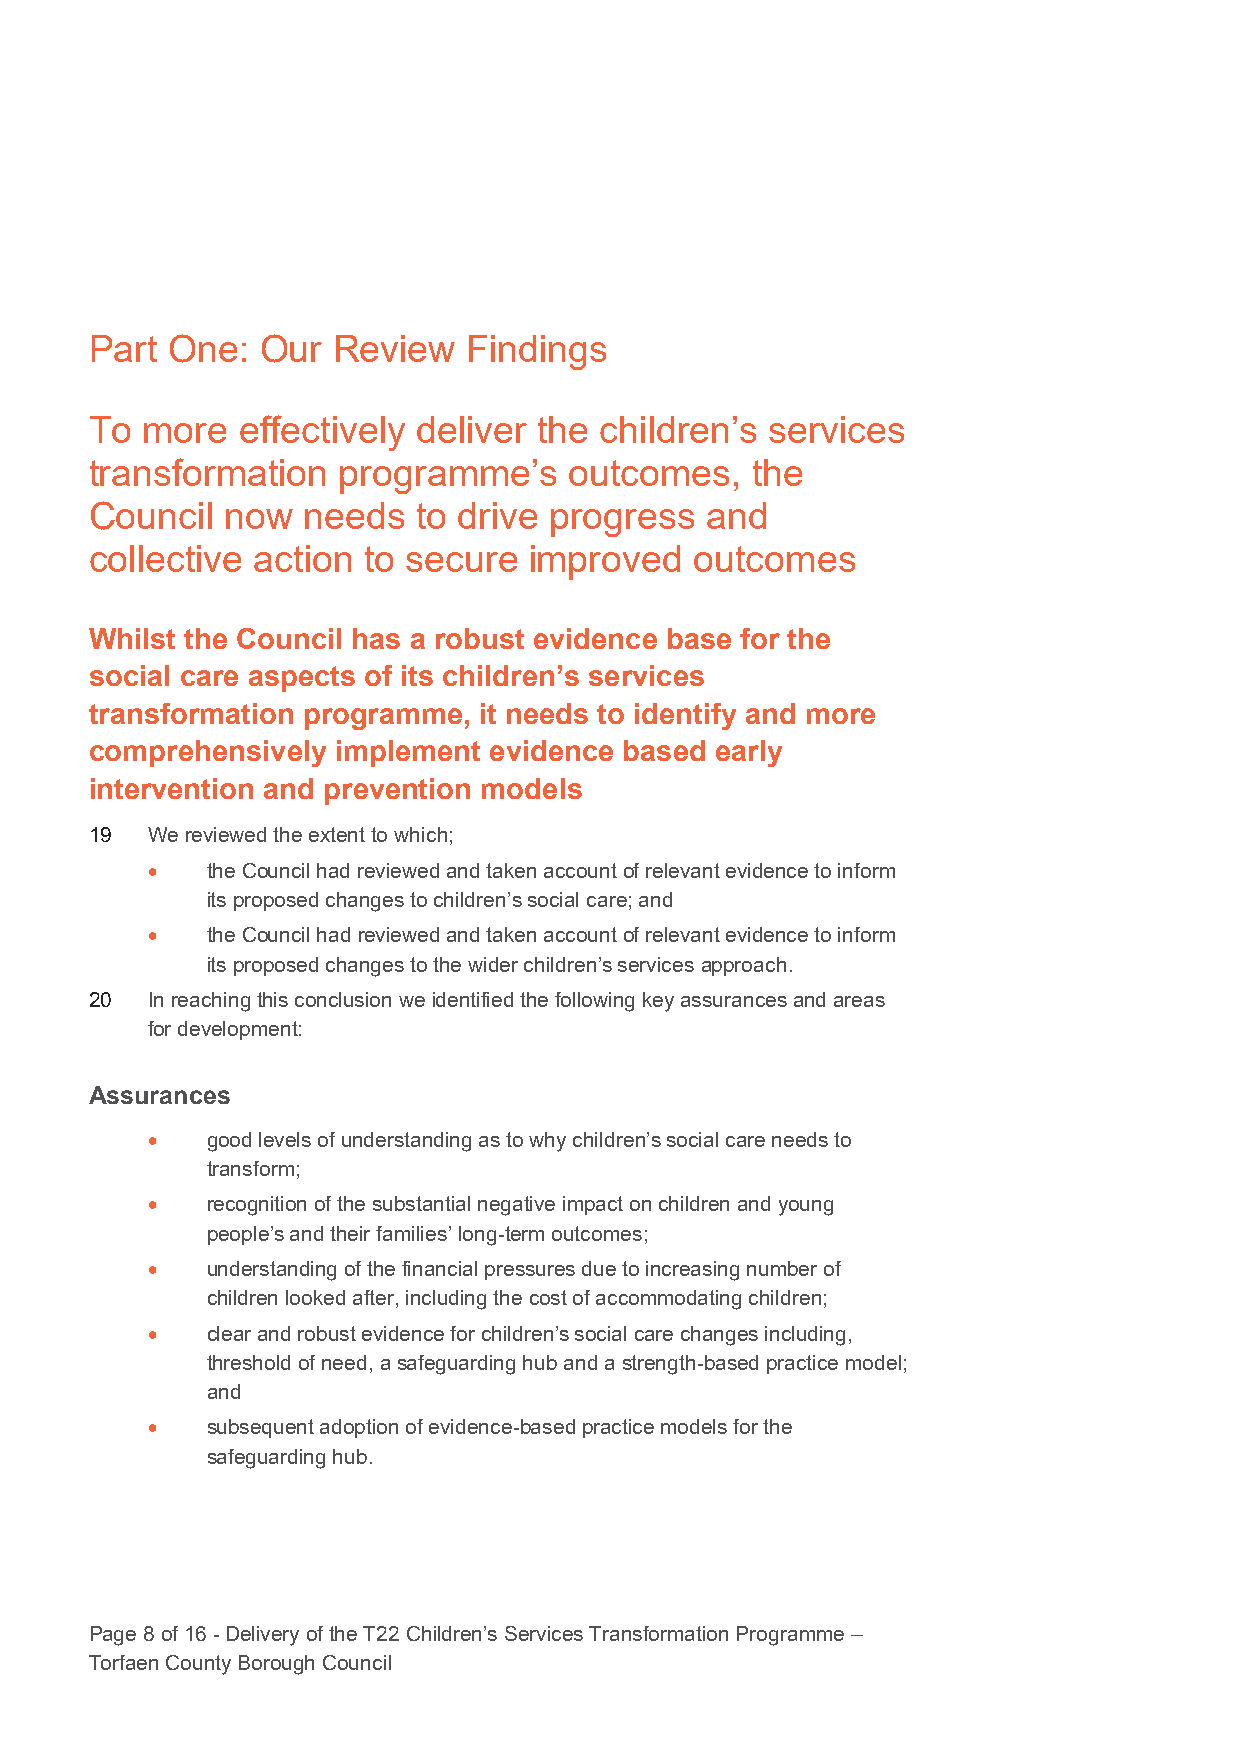
Part One:  Our  Review   Findings
 To more   effectively deliver the children’s services
 transformation  programme’s     outcomes,   the
 Council  now  needs   to drive progress  and
 collective action to secure  improved   outcomes
 Whilst the Council has a robust evidence base for the
 social care aspects of its children’s services
 transformation programme, it needs to identify and more
 comprehensively implement evidence based early
 intervention and prevention models
 19  We reviewed the extent to which;
 •   the Council had reviewed and taken account of relevant evidence to inform
 its proposed changes to children’s social care; and
 •   the Council had reviewed and taken account of relevant evidence to inform
 its proposed changes to the wider children’s services approach.
 20  In reaching this conclusion we identified the following key assurances and areas
 for development:
 Assurances
 •   good levels of understanding as to why children’s social care needs to
 transform;
 •   recognition of the substantial negative impact on children and young
 people’s and their families’ long-term outcomes;
 •   understanding of the financial pressures due to increasing number of
 children looked after, including the cost of accommodating children;
 •   clear and robust evidence for children’s social care changes including,
 threshold of need, a safeguarding hub and a strength-based practice model;
 and
 •   subsequent adoption of evidence-based practice models for the
 safeguarding hub.
 Page 8 of 16 - Delivery of the T22 Children’s Services Transformation Programme –
 Torfaen County Borough Council